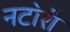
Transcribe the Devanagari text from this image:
नटोरी